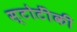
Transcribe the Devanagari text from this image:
स्टोटींकी